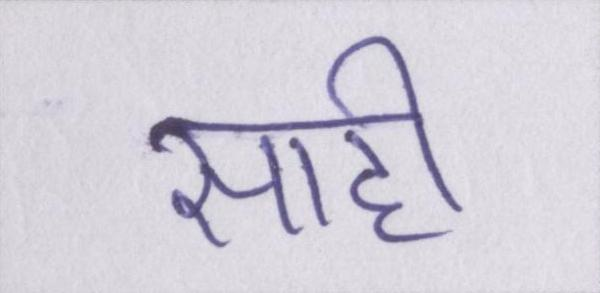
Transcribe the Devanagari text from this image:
साही